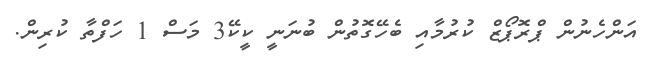
އަންހެނުން ޕްރޮޕޯޒް ކުރުމާއި ބެހޭގޮތުން ބުނަނީ ކީކޭ3 މަސް 1 ހަފްތާ ކުރިން.